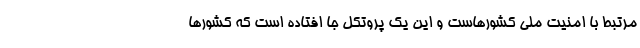
مرتبط با امنیت ملی کشورهاست و این یک پروتکل جا افتاده است که کشور‌ها